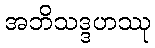
အဘိသဒ္ဒဟဿု